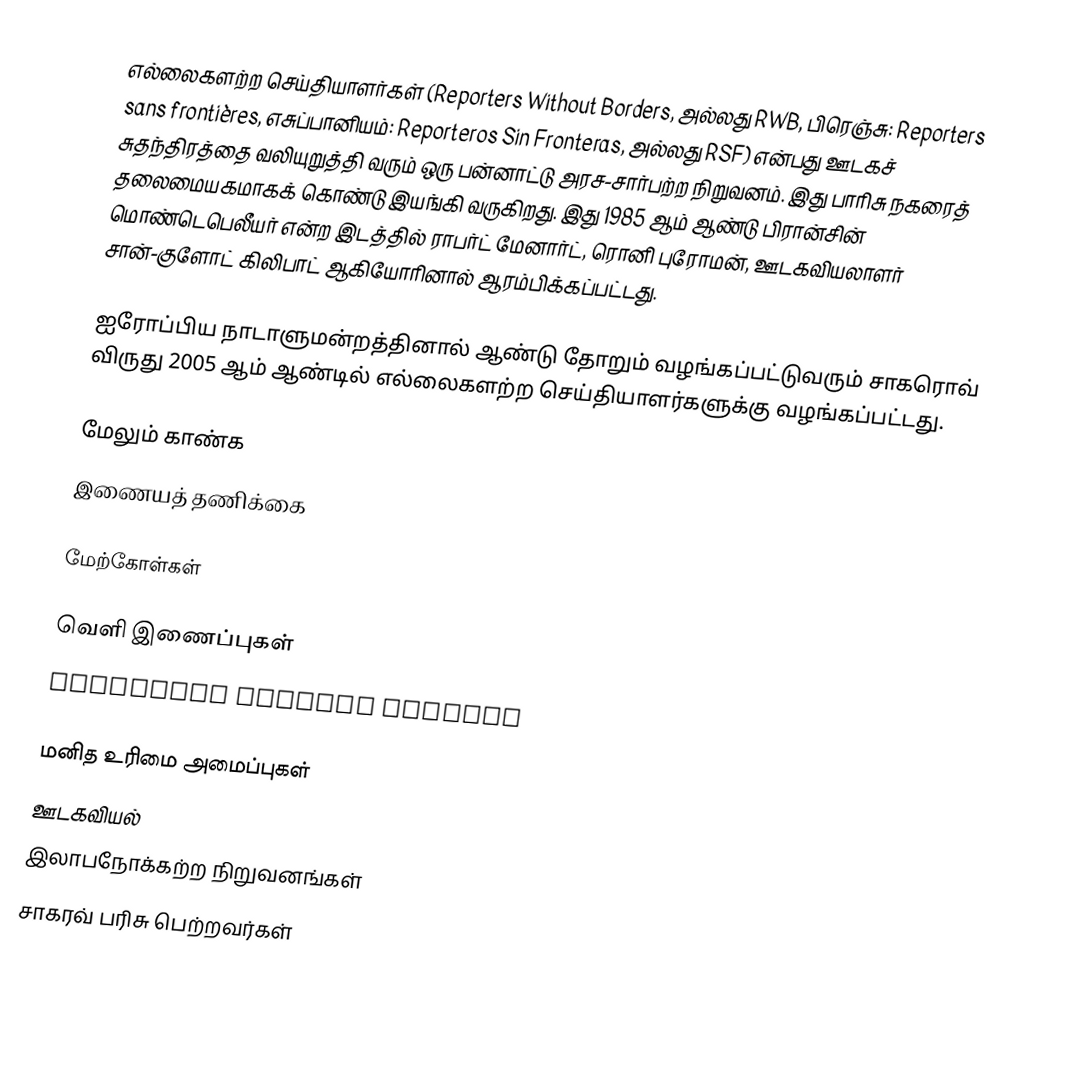
எல்லைகளற்ற செய்தியாளர்கள் (Reporters Without Borders, அல்லது RWB, பிரெஞ்சு: Reporters sans frontières, எசுப்பானியம்: Reporteros Sin Fronteras, அல்லது RSF) என்பது ஊடகச் சுதந்திரத்தை வலியுறுத்தி வரும் ஒரு பன்னாட்டு அரச-சார்பற்ற நிறுவனம். இது பாரிசு நகரைத் தலைமையகமாகக் கொண்டு இயங்கி வருகிறது. இது 1985 ஆம் ஆண்டு பிரான்சின் மொண்டெபெலீயர் என்ற இடத்தில் ராபர்ட் மேனார்ட், ரொனி புரோமன், ஊடகவியலாளர் சான்-குளோட் கிலிபாட் ஆகியோரினால் ஆரம்பிக்கப்பட்டது.

ஐரோப்பிய நாடாளுமன்றத்தினால் ஆண்டு தோறும் வழங்கப்பட்டுவரும் சாகரொவ் விருது 2005 ஆம் ஆண்டில் எல்லைகளற்ற செய்தியாளர்களுக்கு வழங்கப்பட்டது.

மேலும் காண்க
 இணையத் தணிக்கை

மேற்கோள்கள்

வெளி இணைப்புகள்
 Reporters Without Borders

மனித உரிமை அமைப்புகள்
ஊடகவியல்
இலாபநோக்கற்ற நிறுவனங்கள்
சாகரவ் பரிசு பெற்றவர்கள்